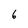
Character: 6